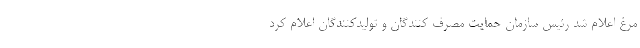
مرغ اعلام شد رئیس سازمان حمایت مصرف کنندگان و تولیدکنندگان اعلام کرد